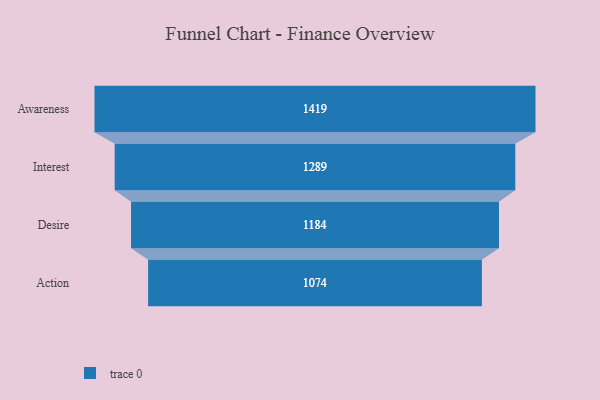
{"axis": {"x": "Stage", "y": "Value"}, "legend": [""], "data": [{"x": "Awareness", "y": 1419.0, "type": ""}, {"x": "Interest", "y": 1289.0, "type": ""}, {"x": "Desire", "y": 1184.0, "type": ""}, {"x": "Action", "y": 1074.0, "type": ""}]}